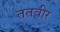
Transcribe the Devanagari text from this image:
ततवीर